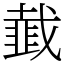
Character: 韯